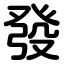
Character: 發